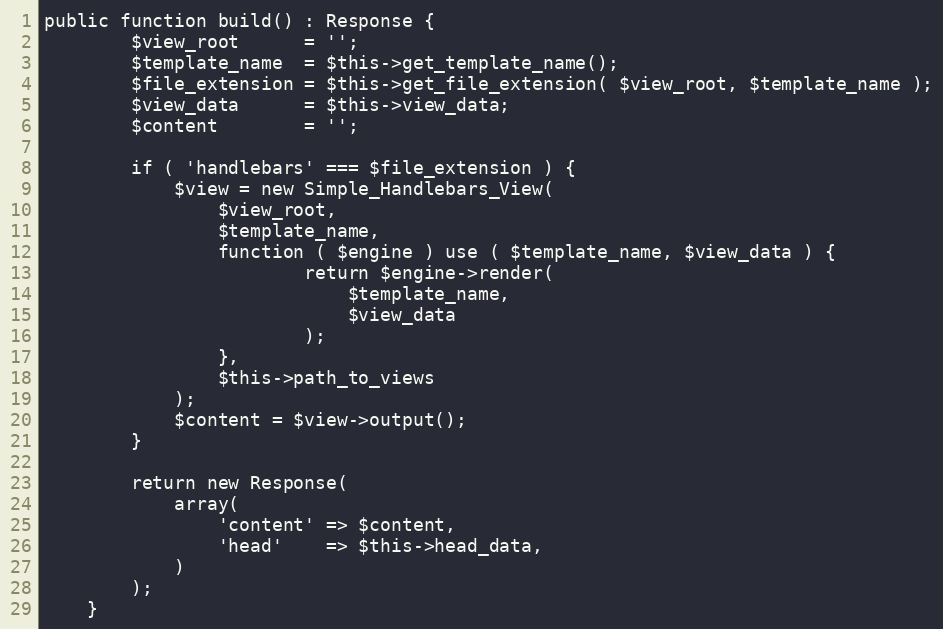
Language: PHP
public function build() : Response {
		$view_root      = '';
		$template_name  = $this->get_template_name();
		$file_extension = $this->get_file_extension( $view_root, $template_name );
		$view_data      = $this->view_data;
		$content        = '';

		if ( 'handlebars' === $file_extension ) {
			$view = new Simple_Handlebars_View(
				$view_root,
				$template_name,
				function ( $engine ) use ( $template_name, $view_data ) {
						return $engine->render(
							$template_name,
							$view_data
						);
				},
				$this->path_to_views
			);
			$content = $view->output();
		}

		return new Response(
			array(
				'content' => $content,
				'head'    => $this->head_data,
			)
		);
	}